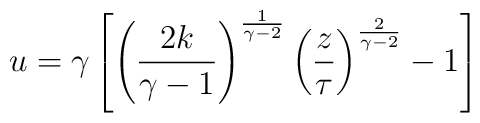
u=\gamma\left[\left( {{2k}\over{\gamma-1}} \right)^{1\over{\gamma-2}}\left( {z\over\tau} \right)^{2\over{\gamma-2}}-1\right]